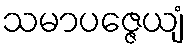
သမာပဇ္ဇေယျံ